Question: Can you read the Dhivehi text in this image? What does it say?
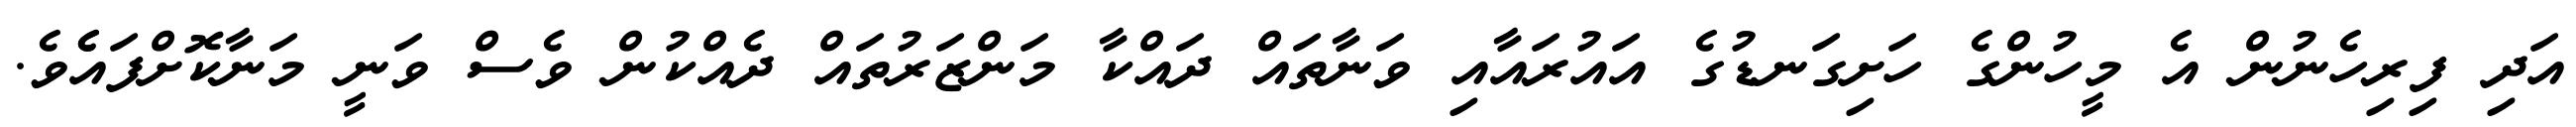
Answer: އަދި ފިރިހެނުން އެ މީހުންގެ ހަށިގަނޑުގެ އައުރައާއި ވަނާތައް ދައްކާ މަންޒަރުތައް ދެއްކުން ވެސް ވަނީ މަނާކޮށްފައެެވެ.